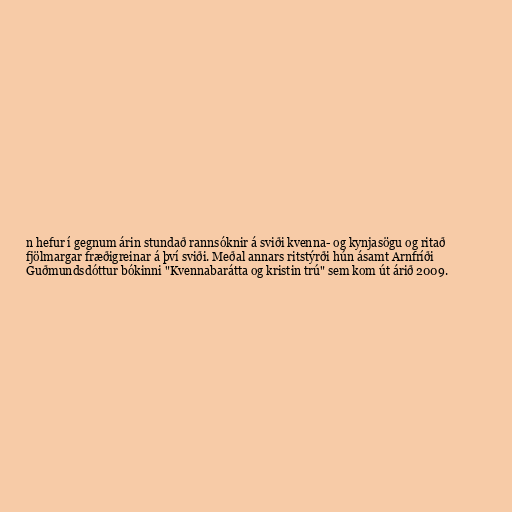
n hefur í gegnum árin stundað rannsóknir á sviði kvenna- og kynjasögu og ritað
fjölmargar fræðigreinar á því sviði. Meðal annars ritstýrði hún ásamt Arnfríði
Guðmundsdóttur bókinni "Kvennabarátta og kristin trú" sem kom út árið 2009.